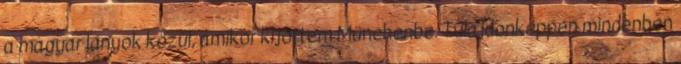
a magyar lányok közül, amikor kijöttem Münchenbe. Tulajdonképpen mindenben